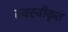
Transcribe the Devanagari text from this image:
स्वस्वीकृत